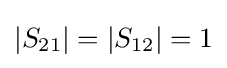
|S_{21}|=|S_{12}|=1